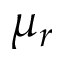
\mu _ { r }